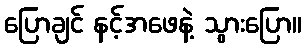
ပြောချင် နင့်အဖေနဲ့ သွားပြော။